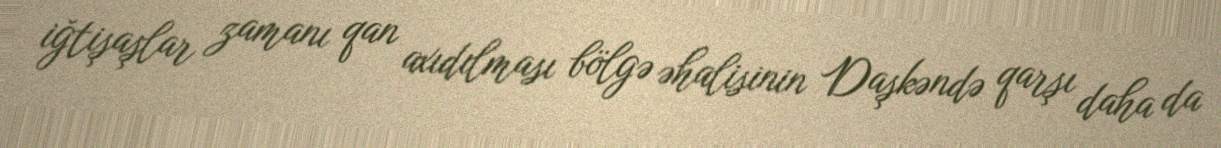
iğtişaşlar zamanı qan axıdılması bölgə əhalisinin Daşkəndə qarşı daha da